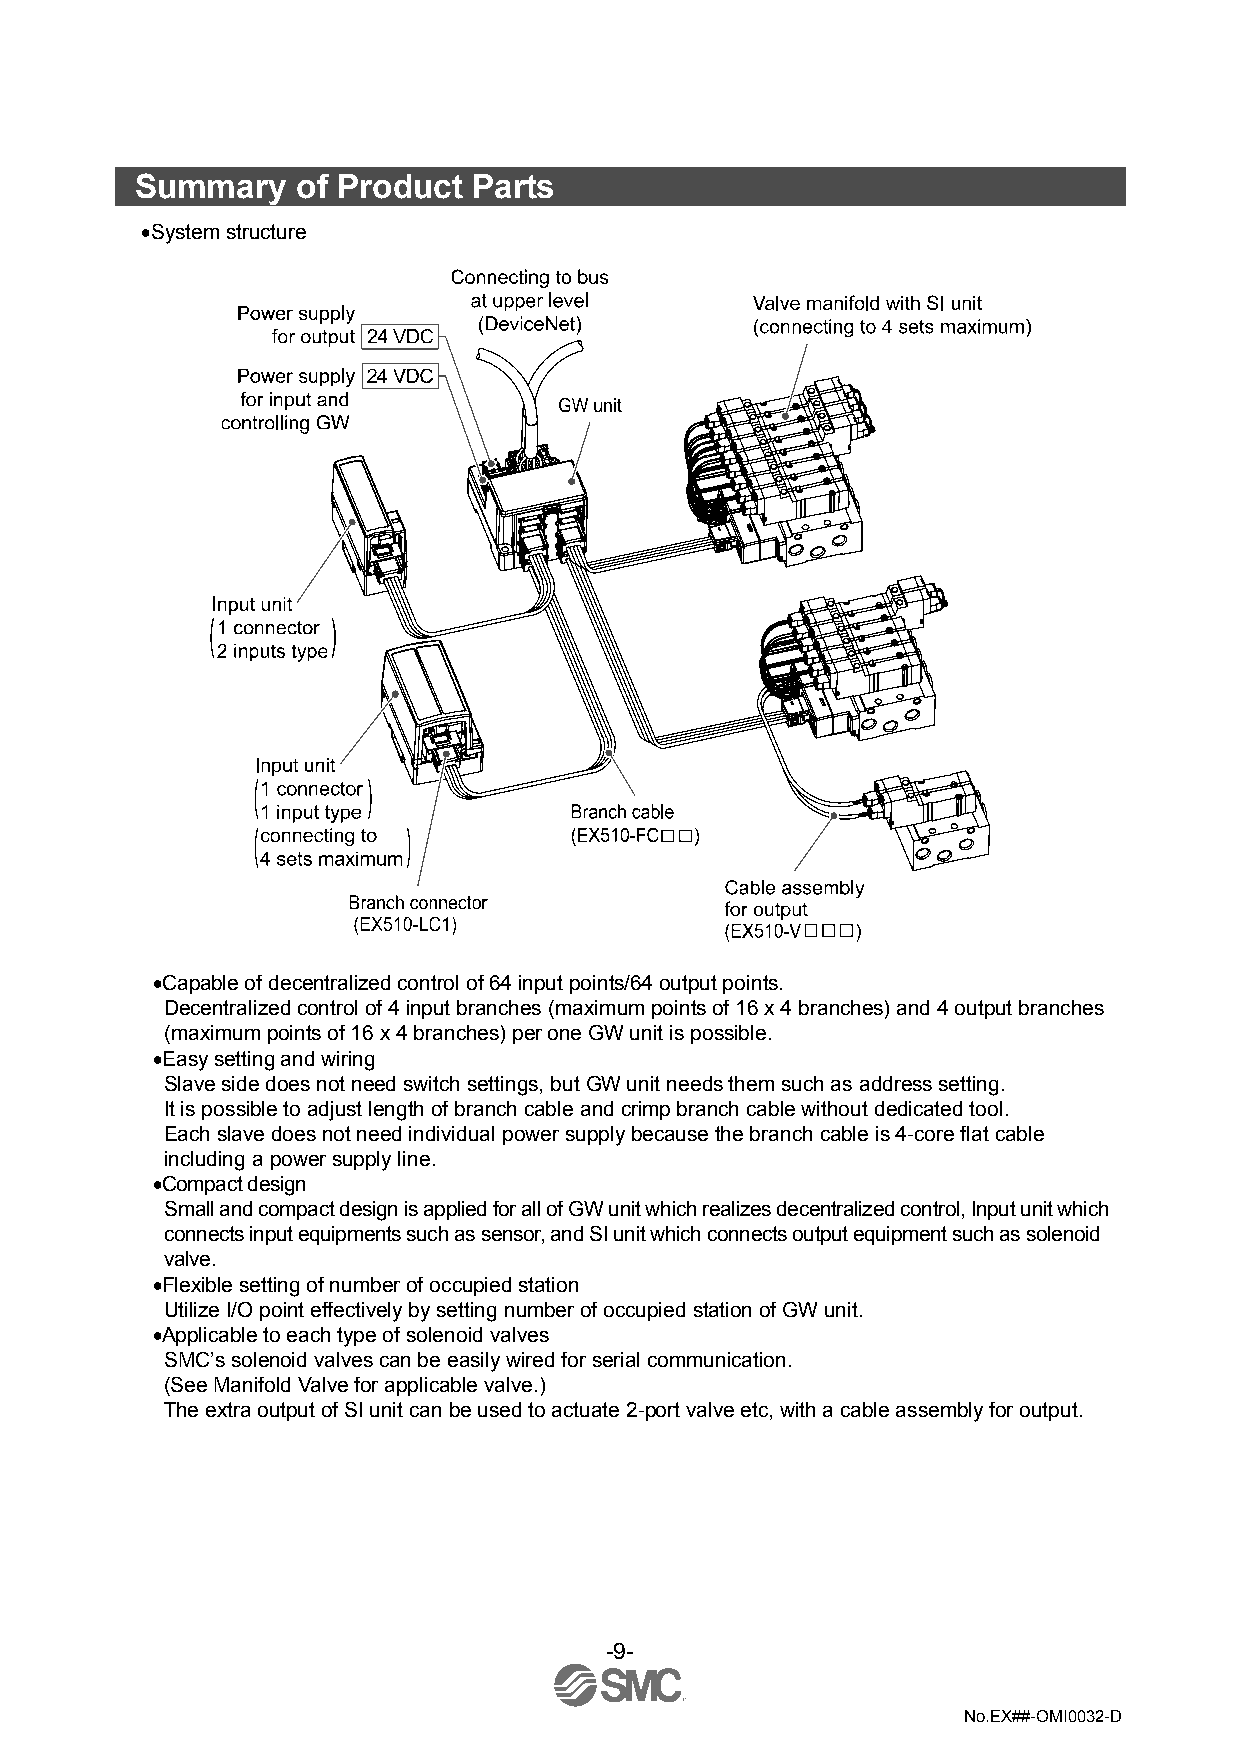
Summary    of Product Parts
 •System structure
 •Capable of decentralized control of 64 input points/64 output points.
 Decentralized control of 4 input branches (maximum points of 16 x 4 branches) and 4 output branches
 (maximum points of 16 x 4 branches) per one GW unit is possible.
 •Easy setting and wiring
 Slave side does not need switch settings, but GW unit needs them such as address setting.
 It is possible to adjust length of branch cable and crimp branch cable without dedicated tool.
 Each slave does not need individual power supply because the branch cable is 4-core flat cable
 including a power supply line.
 •Compact design
 Small and compact design is applied for all of GW unit which realizes decentralized control, Input unit which
 connects input equipments such as sensor, and SI unit which connects output equipment such as solenoid
 valve.
 •Flexible setting of number of occupied station
 Utilize I/O point effectively by setting number of occupied station of GW unit.
 •Applicable to each type of solenoid valves
 SMC’s solenoid valves can be easily wired for serial communication.
 (See Manifold Valve for applicable valve.)
 The extra output of SI unit can be used to actuate 2-port valve etc, with a cable assembly for output.
 -9-
 No.EX##-OMI0032-D